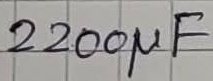
Text: 2200µF